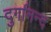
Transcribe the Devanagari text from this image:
दुर्गानन्द